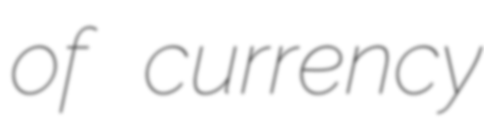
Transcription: of currency